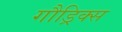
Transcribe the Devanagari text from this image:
गौड्रिक्स